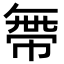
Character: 𢄔